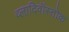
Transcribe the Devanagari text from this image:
व्लादिवॉस्तोक